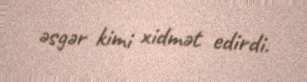
əsgər kimi xidmət edirdi.